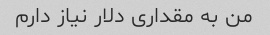
من به مقداری دلار نیاز دارم